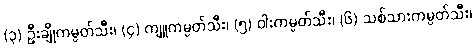
(၃) ဦးချိုကမ္ပတ်သီး၊ (၄) ကျူကမ္ပတ်သီး၊ (၅) ဝါးကမ္ပတ်သီး၊ (၆) သစ်သားကမ္ပတ်သီး၊